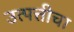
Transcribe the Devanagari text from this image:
उत्पत्तीचा